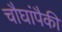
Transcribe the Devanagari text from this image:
चौघांपैकी